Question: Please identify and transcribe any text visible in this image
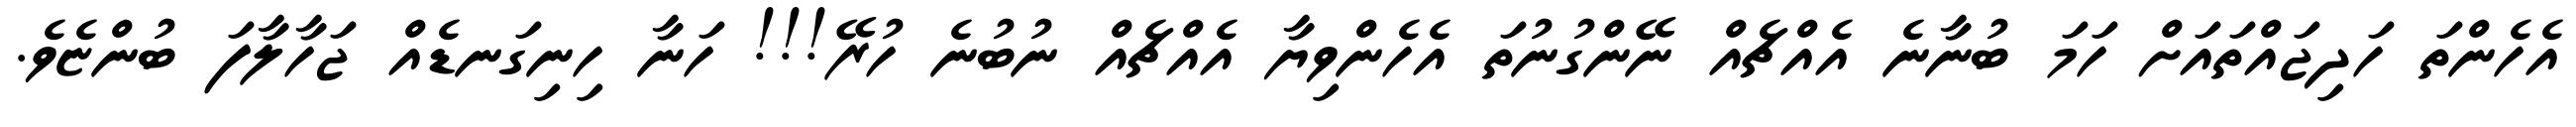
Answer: އެހެންތަ ހަދިޖައްތައަށް ހަމަ ބުނާނެ އެއްޗެއް ނޭންގުނުތަ އެހެންވިޔާ އެއްޗެއް ނުބުނެ ހުރޭ!!! ހަނާ ހިނިގަނޑެއް ޖަހާލާފަ ބުންޏެވެ.